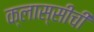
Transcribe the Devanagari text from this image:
क्लास्सीची